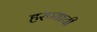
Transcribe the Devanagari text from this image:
हरण्याची